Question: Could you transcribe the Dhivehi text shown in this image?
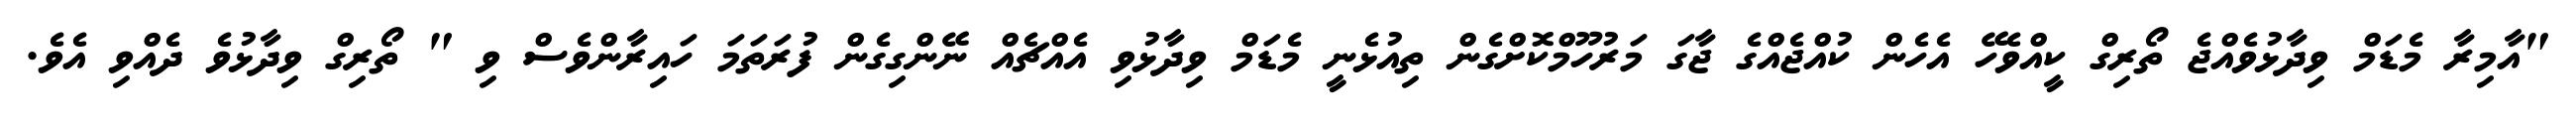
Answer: "އާމިރާ މެޑަމް ވިދާޅުވެއްޖެ ތޯރިގް ކީއްވެހޭ އެހެން ކުއްޖެއްގެ ޖާގަ މަރުހޫމްކޮށްގެން ތިއުޅެނީ މެޑަމް ވިދާޅުވި އެއްޗެއް ނޭންގިގެން ފުރަތަމަ ހައިރާންވެސް ވި " ތޯރިގް ވިދާޅުވެ ދެއްވި އެވެ.